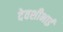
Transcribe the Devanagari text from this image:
देवशीभाई